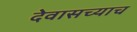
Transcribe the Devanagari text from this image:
देवासच्याच